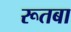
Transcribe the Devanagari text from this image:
रूतबा